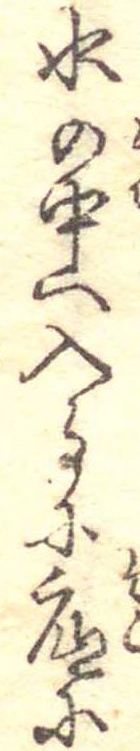
水の中へ入るに底に